Report on enteric fever
Disease focus: Fever
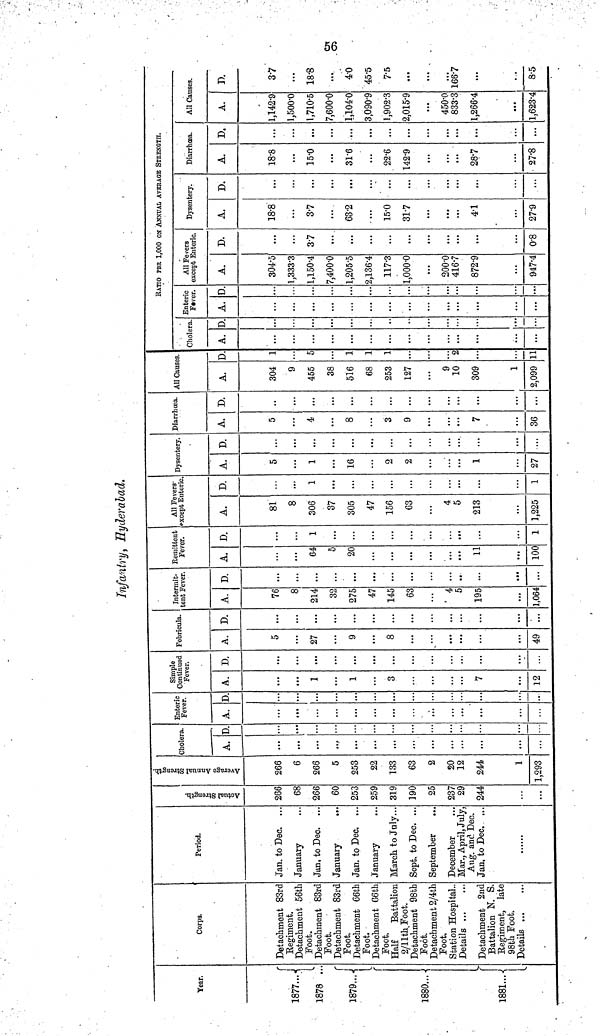
56
Infantry, Hyderabad.
Year.
1877...
1878 ..
1879..
1880...
1881...
Corps.
Detachment 83rc
Regiment.
Detachment 56th
Foot.
Detachment 83rd
Foot.
Detachment 83rc
Foot.
Detachment 66th
Foot.
Detachment G6th
Foot.
Half
Battalion
2/11th Foot.
Detachment 98th
Foot.
Detachment 2/4th
Foot.
Station Hospital-
Details
Detachment 2nd
Battalion N. S.
Regiment, late
98th Foot.
Details
Period.
Jan. to Dec. ...
January
Jan, to Dec.
January
Jan. to Dec.
January
March to July...
Sept. to Dec. ...
September
December
Mar., April, July,
Aug. and Dec.
Jan, to Dec. ...
Actual Strength.
266
68
266
60
253
259
319
190
25
237
29
244
...
...
Average Annual Strength.
266
6
266
5
253
22
133
63
2
20
12
244
1
1,293
Cholera.
A.
...
D.
Enteric
Fever.
A. D.
.
Simple
Continued
Fever.
A.
1
1
3
7
12
D.
...
...
...
...
Febrícula.
A.
5
2V
y
8
...
49
D.
...
...
...
...
...
...
Intermit-
tent Fever.
A.
76
8
214
32
275
47
145
63
4
5
195
1,064
D.
...
...
...
...
...
...
...
...
..
...
...
Remittent
Fever.
A.
...
64
5
20
...
...
...
...
...
11
100
D.
...
...
1
...
...
...
...
...
...
...
1
All Fevers
except Enteric.
A.
81
8
306
37
305
47
156
63
4
5
213
1,225
D.
...
1
...
...
...
...
1
Dysentery.
A.
5
1
16
2
2
i
27
D.
...
...
...
...
...
Diarrhoea.
A.
5
4
8
3
y
y
36
D.
..
...
...
...
...
...
...
All Causes.
A.
304
9
455
38
516
68
253
127
9
10
309
1
2,099
D
1
5
1
1
1
2
11
Cholera.
A.
...
...
...
D.
...
...
...
RATIO PER 1,000 ON ANNUAL AVERAGE STRENGTH.
Enteric
Fever.
A.
...
...
...
D
...
...
...
All Fevers
except Enteric.
A.
304.5
1,333.3
1,150.4
7,400.0
1,205.5
2,136.4
117.3
1,000.0
200.0
416.7
872.9
947'4
D.
...
3.7
...
...
...
...
0.8
Dysentery.
A.
18.8
3.7
63.2
15.0
31.7
4.1
27.9
D.
...
...
...
...
...
...
...
Diarrhœa.
A.
18.8
15.0
31.6
22.6
142.9
28.7
27.8
D.
...
...
...
...
...
...
...
All Causes.
A.
1,142.9
1,500.0
1,710.5
7,600.0
1,104.0
3,090.9
1,902.3
2,015.9
450.0
833.3
1,266.4
1,623.4
D.
37
...
18.8
...
4.0
45.5
7.5
...
...
166.7
...
, ,
8.5